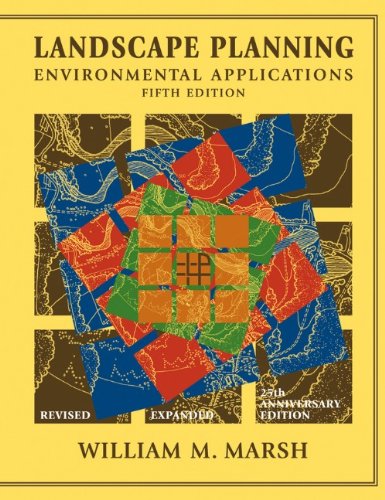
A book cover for Landscape Planning: Environmental Applications; William M. Marsh; Arts & Photography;